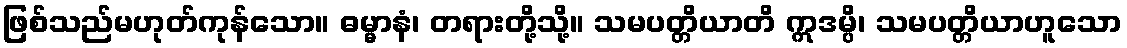
ဖြစ်သည်မဟုတ်ကုန်သော။ ဓမ္မာနံ၊ တရားတို့သို့။ သမပတ္တိယာတိ ဣဒမ္ပိ၊ သမပတ္တိယာဟူသော